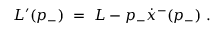
{ \cal L } ^ { \prime } ( p _ { - } ) \ = \ { \cal L } - p _ { - } \dot { x } ^ { - } ( p _ { - } ) \ .